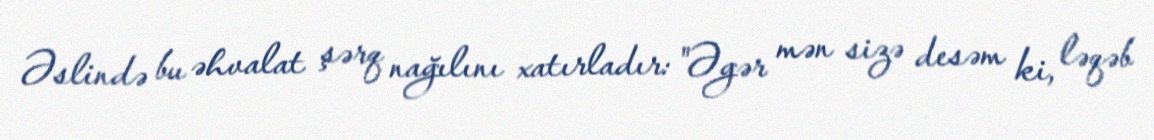
Əslində bu əhvalat şərq nağılını xatırladır: "Əgər mən sizə desəm ki, ləqəb